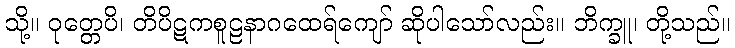
သို့။ ဝုတ္တေပိ၊ တိပိဋကစူဠနာဂထေရ်ကျော် ဆိုပါသော်လည်း။ ဘိက္ခူ၊ တို့သည်။